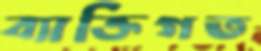
ব্যাক্তিগত